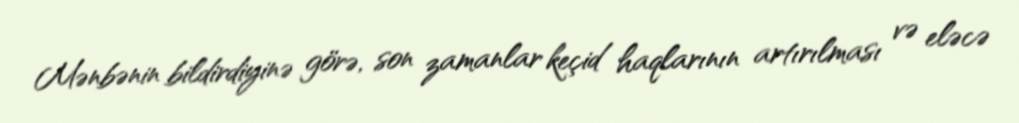
Mənbənin bildirdiyinə görə, son zamanlar keçid haqlarının artırılması və eləcə